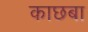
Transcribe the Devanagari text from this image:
काछबा